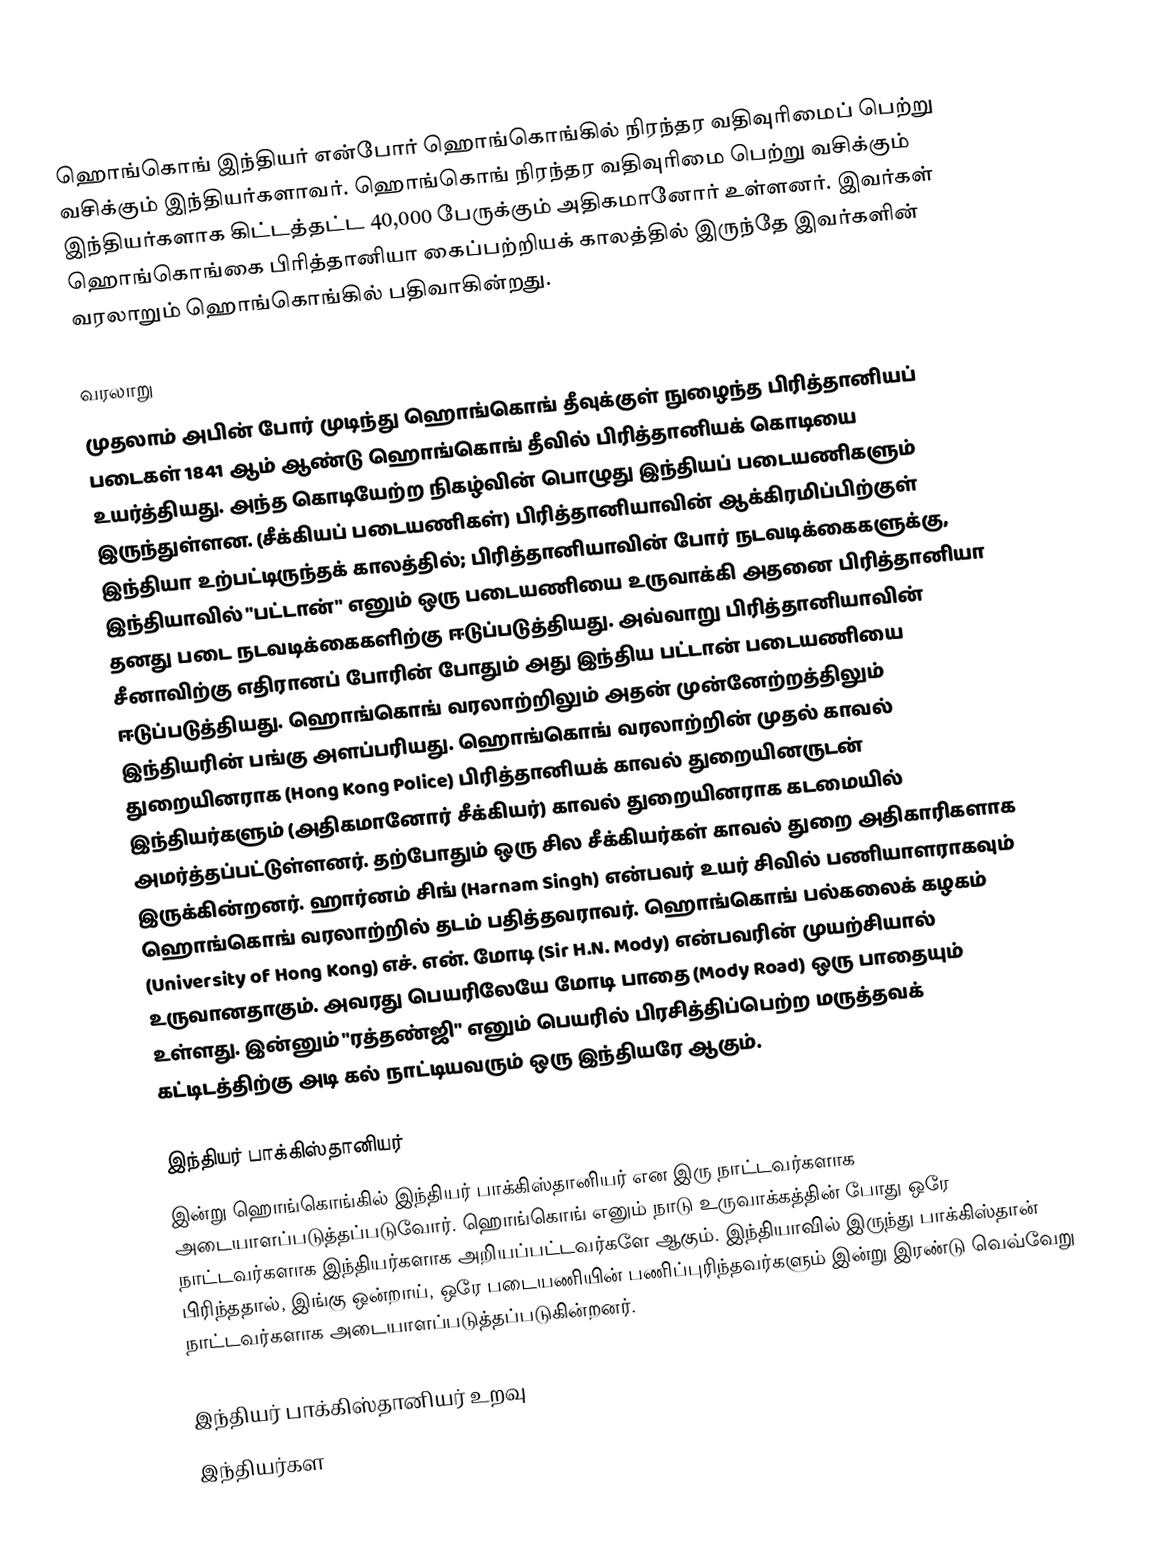
ஹொங்கொங் இந்தியர் என்போர் ஹொங்கொங்கில் நிரந்தர வதிவுரிமைப் பெற்று வசிக்கும் இந்தியர்களாவர். ஹொங்கொங் நிரந்தர வதிவுரிமை பெற்று வசிக்கும் இந்தியர்களாக கிட்டத்தட்ட 40,000 பேருக்கும் அதிகமானோர் உள்ளனர். இவர்கள் ஹொங்கொங்கை பிரித்தானியா கைப்பற்றியக் காலத்தில் இருந்தே இவர்களின் வரலாறும் ஹொங்கொங்கில் பதிவாகின்றது.

வரலாறு
முதலாம் அபின் போர் முடிந்து ஹொங்கொங் தீவுக்குள் நுழைந்த பிரித்தானியப் படைகள் 1841 ஆம் ஆண்டு ஹொங்கொங் தீவில் பிரித்தானியக் கொடியை உயர்த்தியது. அந்த கொடியேற்ற நிகழ்வின் பொழுது இந்தியப் படையணிகளும் இருந்துள்ளன. (சீக்கியப் படையணிகள்) பிரித்தானியாவின் ஆக்கிரமிப்பிற்குள் இந்தியா உற்பட்டிருந்தக் காலத்தில்; பிரித்தானியாவின் போர் நடவடிக்கைகளுக்கு, இந்தியாவில் "பட்டான்" எனும் ஒரு படையணியை உருவாக்கி அதனை பிரித்தானியா தனது படை நடவடிக்கைகளிற்கு ஈடுப்படுத்தியது. அவ்வாறு பிரித்தானியாவின் சீனாவிற்கு எதிரானப் போரின் போதும் அது இந்திய பட்டான் படையணியை ஈடுப்படுத்தியது. ஹொங்கொங் வரலாற்றிலும் அதன் முன்னேற்றத்திலும் இந்தியரின் பங்கு அளப்பரியது. ஹொங்கொங் வரலாற்றின் முதல் காவல் துறையினராக (Hong Kong Police) பிரித்தானியக் காவல் துறையினருடன் இந்தியர்களும் (அதிகமானோர் சீக்கியர்) காவல் துறையினராக கடமையில் அமர்த்தப்பட்டுள்ளனர். தற்போதும் ஒரு சில சீக்கியர்கள் காவல் துறை அதிகாரிகளாக இருக்கின்றனர். ஹார்னம் சிங் (Harnam Singh) என்பவர் உயர் சிவில் பணியாளராகவும் ஹொங்கொங் வரலாற்றில் தடம் பதித்தவராவர். ஹொங்கொங் பல்கலைக் கழகம் (University of Hong Kong) எச். என். மோடி (Sir H.N. Mody) என்பவரின் முயற்சியால் உருவானதாகும். அவரது பெயரிலேயே மோடி பாதை (Mody Road) ஒரு பாதையும் உள்ளது. இன்னும் "ரத்தண்ஜி" எனும் பெயரில் பிரசித்திப்பெற்ற மருத்தவக் கட்டிடத்திற்கு அடி கல் நாட்டியவரும் ஒரு இந்தியரே ஆகும்.

இந்தியர் பாக்கிஸ்தானியர்
இன்று ஹொங்கொங்கில் இந்தியர் பாக்கிஸ்தானியர் என இரு நாட்டவர்களாக அடையாளப்படுத்தப்படுவோர். ஹொங்கொங் எனும் நாடு உருவாக்கத்தின் போது ஒரே நாட்டவர்களாக இந்தியர்களாக அறியப்பட்டவர்களே ஆகும். இந்தியாவில் இருந்து பாக்கிஸ்தான் பிரிந்ததால், இங்கு ஒன்றாய், ஒரே படையணியின் பணிப்புரிந்தவர்களும் இன்று இரண்டு வெவ்வேறு நாட்டவர்களாக அடையாளப்படுத்தப்படுகின்றனர்.

இந்தியர் பாக்கிஸ்தானியர் உறவு
இந்தியர்கள